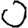
Digit: 0